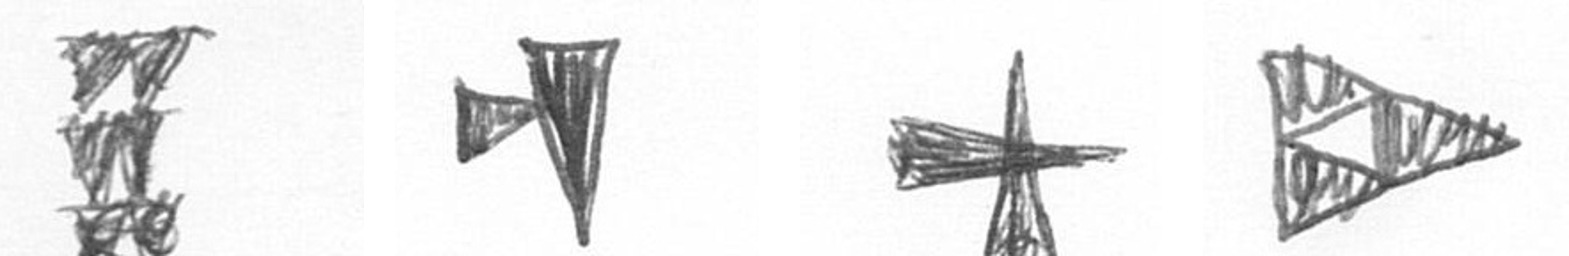
Y M G K